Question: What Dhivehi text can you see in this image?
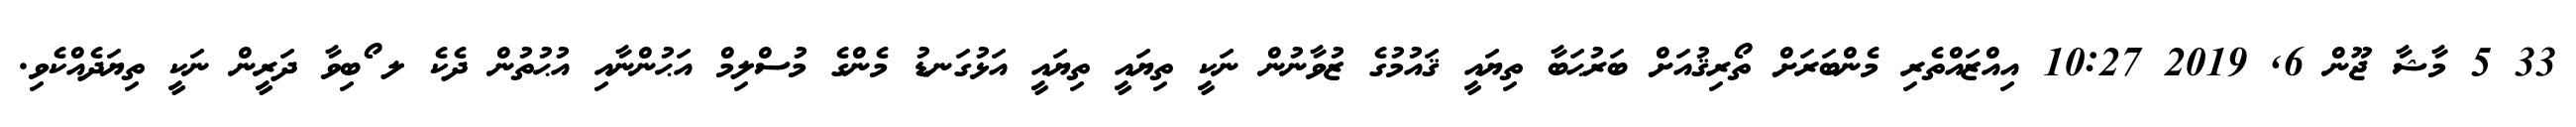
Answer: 33 5 މާޝާ ޖޫން 6, 2019 10:27 އިއްޒައްތެރި މެންބަރަށް ތޯރިޤުއަށް ބަރުޙަބާ ތިޔައީ ޤައުމުގެ ޒުވާނުން ނަކީ ތިޔައީ ތިޔައީ އަޅުގަނޑު މެންގެ މުސްލިމް އަޙުންނާއި އުޙުތުން ދެކެ ލ ޯބިވާ ދަރީން ނަކީ ތިޔަދެއްކެވި.